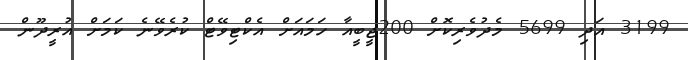
3199 އަދި 5699 މެދުވެރިކޮށް 200ޖީބީއާ ހަމައަށް އެކްޓިވޭޓް ކުރެވޭނެ ކަމަށް އުރީދޫން